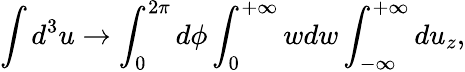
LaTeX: \int d^{3}u\rightarrow\int_{0}^{2\pi}d\phi\int_{0}^{+\infty}wdw\int_{-\infty}^{+\infty}du_{z},